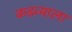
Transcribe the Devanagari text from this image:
कडव्याला